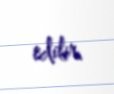
edilir.